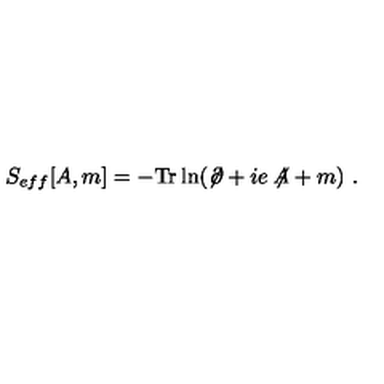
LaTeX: S _ { e f f } [ A , m ] = - \mathrm { T r } \ln ( \not { \! \partial } + i e \not { \! \! A } + m ) \ .